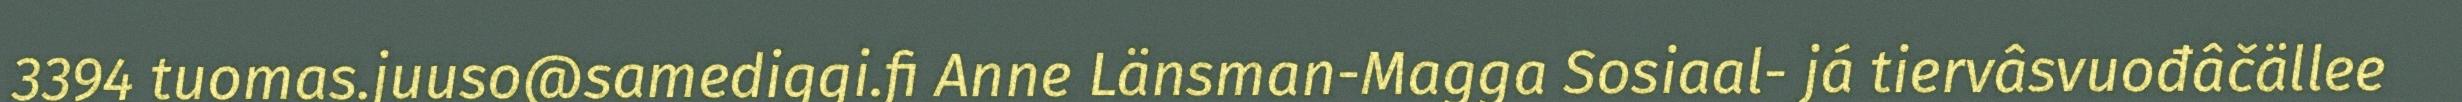
3394 tuomas.juuso@samediggi.fi Anne Länsman-Magga Sosiaal- já tiervâsvuođâčällee